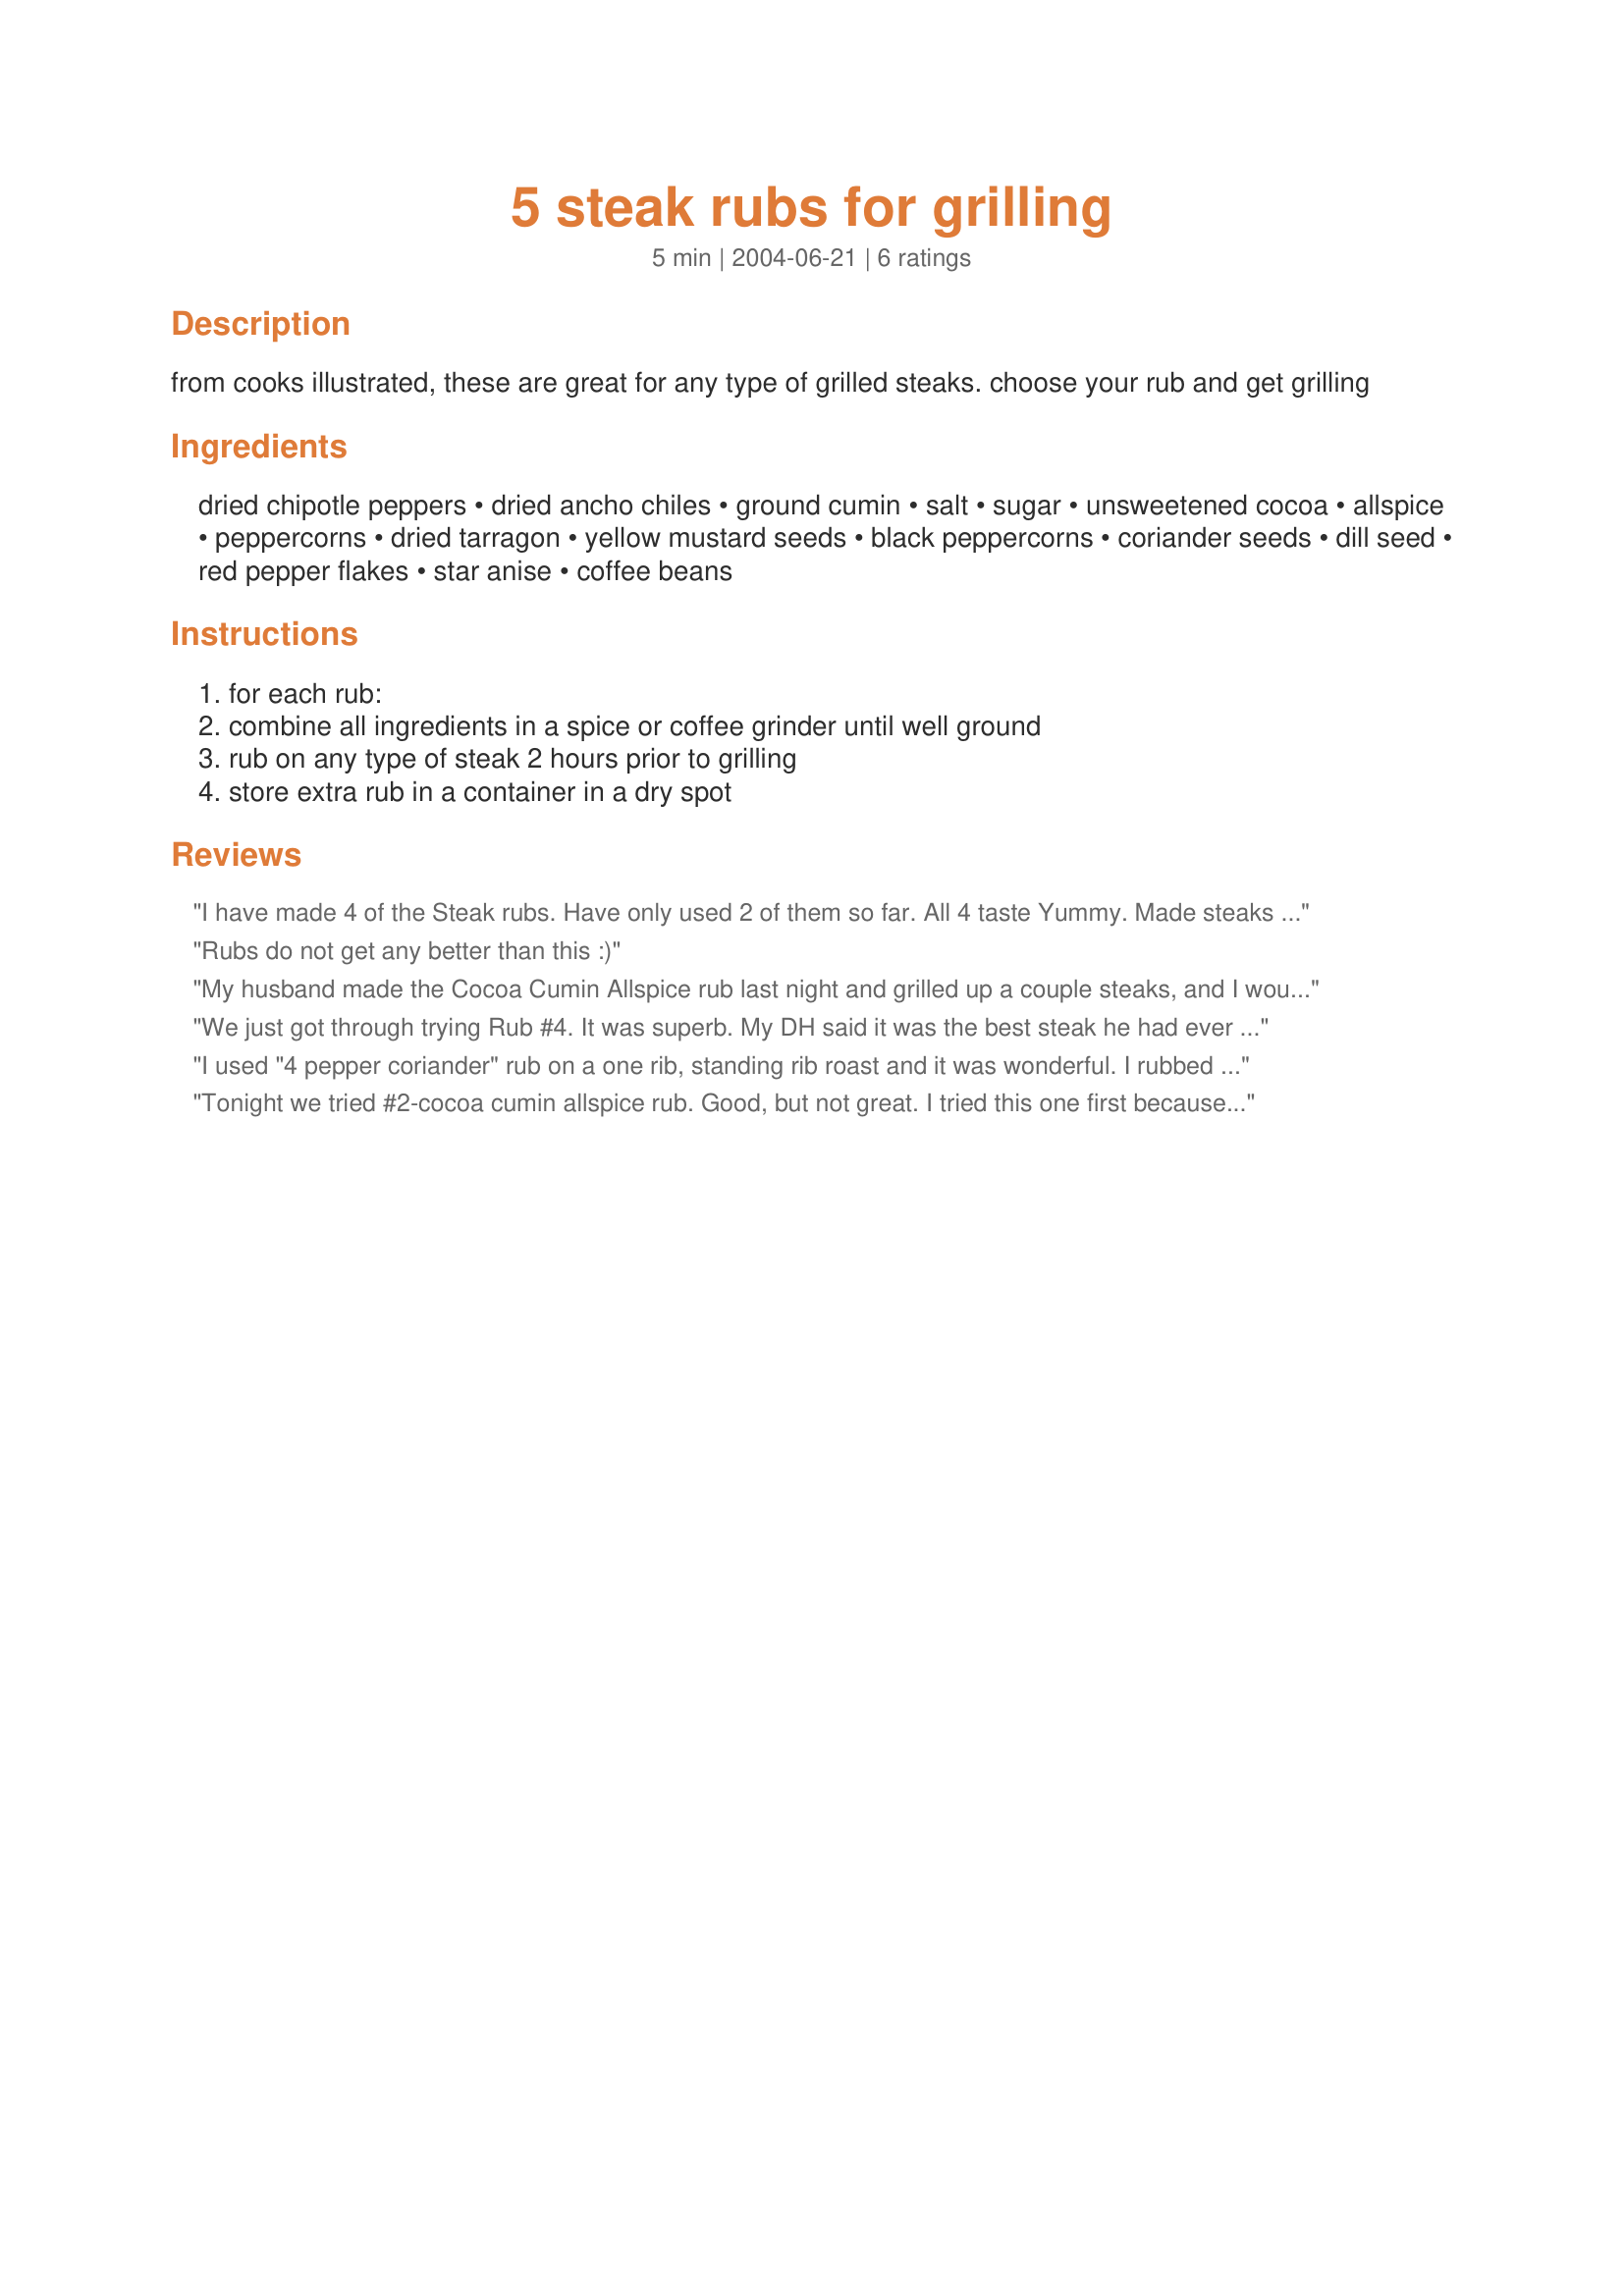
5 steak rubs for grilling
Preparation time: 5 minutes

from cooks illustrated, these are great for any type of grilled steaks. choose your rub and get grilling

Ingredients:
dried chipotle peppers, dried ancho chiles, ground cumin, salt, sugar, unsweetened cocoa, allspice, peppercorns, dried tarragon, yellow mustard seeds, black peppercorns, coriander seeds, dill seed, red pepper flakes, star anise, coffee beans

Steps:
for each rub:, combine all ingredients in a spice or coffee grinder until well ground, rub on any type of steak 2 hours prior to grilling, store extra rub in a container in a dry spot

Reviews:
I have made 4 of the Steak rubs. Have only used 2 of them so far. All 4 taste Yummy. Made steaks with #2- Cocoa Cumin Allspice rub. Delicious. Dh really liked the #3 Tarragon Mustard Seed rub when I made steaks with it. Am anxious to use the other 2, espically the #5 Star anise coffee rub. It really taste good. Had to get the star anise at the health food store. Thank you Chia for the nice varity of rubs for steaks as we do a lot of BBQ's.
Rubs do not get any better than this :)
My husband made the Cocoa Cumin Allspice rub last night and grilled up a couple steaks, and I would say it was a WONDERFUL rub. I disagree with the previous reviewer that the cumin overpowered the rub- I thought it went quite nicely with the amount of cocoa and everything else. We had never tried anything like that before, and really liked it. I would definately make it again and also try the other rubs. Thanks for posting!
We just got through trying Rub #4. It was superb. My DH said it was the best steak he had ever eaten. Will be trying the others soon. Thanks for the great tasting recipe.
I used "4 pepper coriander" rub on a one rib, standing rib roast and it was wonderful. I rubbed the spices on the meat about 4 hours before BBQing it. I rubbed fresh garlic on the meat before putting on the spice rub. Thanks Chia I will be trying the others too.
Tonight we tried #2-cocoa cumin allspice rub. Good, but not great. I tried this one first because it sounded interesting (never tried cocoa on steak before). It didn't ruin a good steak or anything, but it wasn't incredible. The cumin was fairly overpowering (in fact you could barely taste anything else) and we ended up adding a lot more salt after the steaks were cooked. I'll try to salvage the leftover mix by adding more of everything except for the cumin. I'm still planning on trying the other mixes soon. Hopefully we'll like the others better. — Apr 11, 2006
update: I've added another star after trying #4- pepper coriander rub tonight. It had more of a kick than I was expecting and an almost jerky like flavor. I subbed white pepper for black as I was out. I think it effected the taste a little, but not in a bad way. We both liked this one better than #2.
